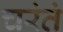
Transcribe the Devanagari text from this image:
चरंतं